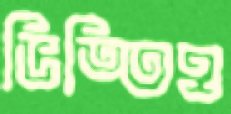
ভিত্তিও